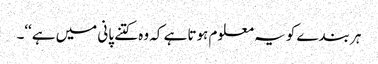
ہر بندے کو یہ معلوم ہوتا ہے کہ وہ کتنے پانی میں ہے‘‘۔